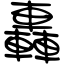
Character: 轟